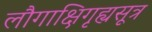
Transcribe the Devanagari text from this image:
लौगाक्षिगृह्यसूत्र